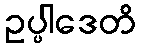
ဥပ္ပါဒေတိ